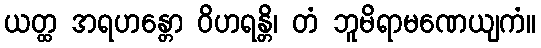
ယတ္ထ အရဟန္တော ဝိဟရန္တိ၊ တံ ဘူမိရာမဏေယျကံ။